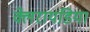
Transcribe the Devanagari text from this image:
क्लेरायडिया